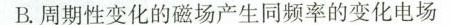
B.周期性变化的磁场产生同频率的变化电场